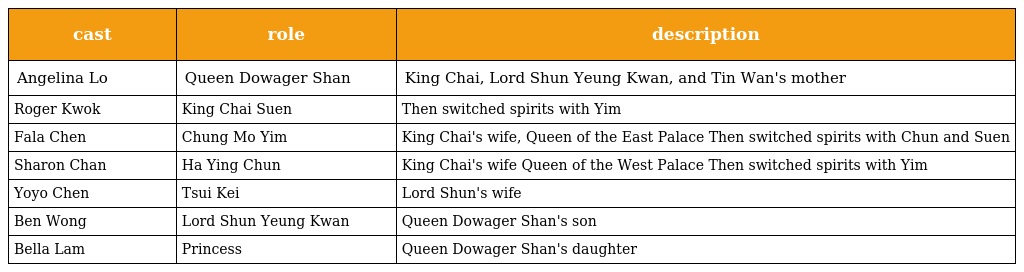
| cast | role | description |
 | --- | --- | --- |
 | Angelina Lo | Queen Dowager Shan 申太后 | King Chai, Lord Shun Yeung Kwan, and Tin Wan's mother |
 | Roger Kwok | King Chai Suen 齊宣王 | Then switched spirits with Yim |
 | Fala Chen | Chung Mo Yim 鍾無艷 | King Chai's wife, Queen of the East Palace Then switched spirits with Chun and Suen |
 | Sharon Chan | Ha Ying Chun 夏迎春 | King Chai's wife Queen of the West Palace Then switched spirits with Yim |
 | Yoyo Chen | Tsui Kei 徐　姬 | Lord Shun's wife |
 | Ben Wong | Lord Shun Yeung Kwan 信陽君 | Queen Dowager Shan's son |
 | Bella Lam | Princess 田芸 | Queen Dowager Shan's daughter |